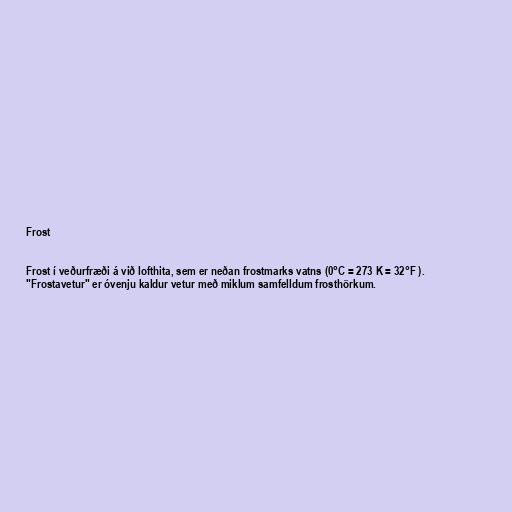
Frost

Frost í veðurfræði á við lofthita, sem er neðan frostmarks vatns (0°C = 273 K = 32°F ).
"Frostavetur" er óvenju kaldur vetur með miklum samfelldum frosthörkum.